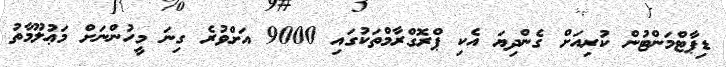
ޑިޕާޓްމަންޓުން ކުރިއަށް ގެންދިޔަ އެކި ޕްރޮގްރާމްތަކުގައި 9000 އަށްވުރެ ގިނަ މީހުންނަށް މަޢުލޫމާތު